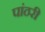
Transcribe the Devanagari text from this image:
पांठरी